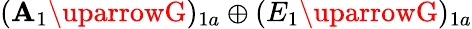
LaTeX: (\mathbf{A}_{1}\uparrowG)_{1a}\oplus(E_{1}\uparrowG)_{1a}